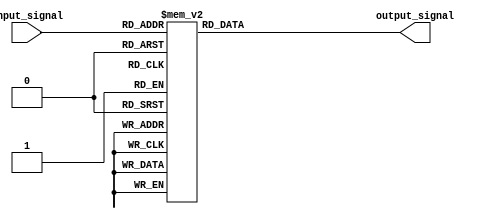
module Decoder (
    input [2:0] input_signal,
    output reg [7:0] output_signal
);

always @* begin
    case(input_signal)
        3'b000: output_signal = 8'b00000001;
        3'b001: output_signal = 8'b00000010;
        3'b010: output_signal = 8'b00000100;
        3'b011: output_signal = 8'b00001000;
        3'b100: output_signal = 8'b00010000;
        3'b101: output_signal = 8'b00100000;
        3'b110: output_signal = 8'b01000000;
        3'b111: output_signal = 8'b10000000;
        default: output_signal = 8'b00000000;
    endcase
end

endmodule